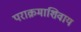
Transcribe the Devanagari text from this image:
पराक्रमाशिवाय